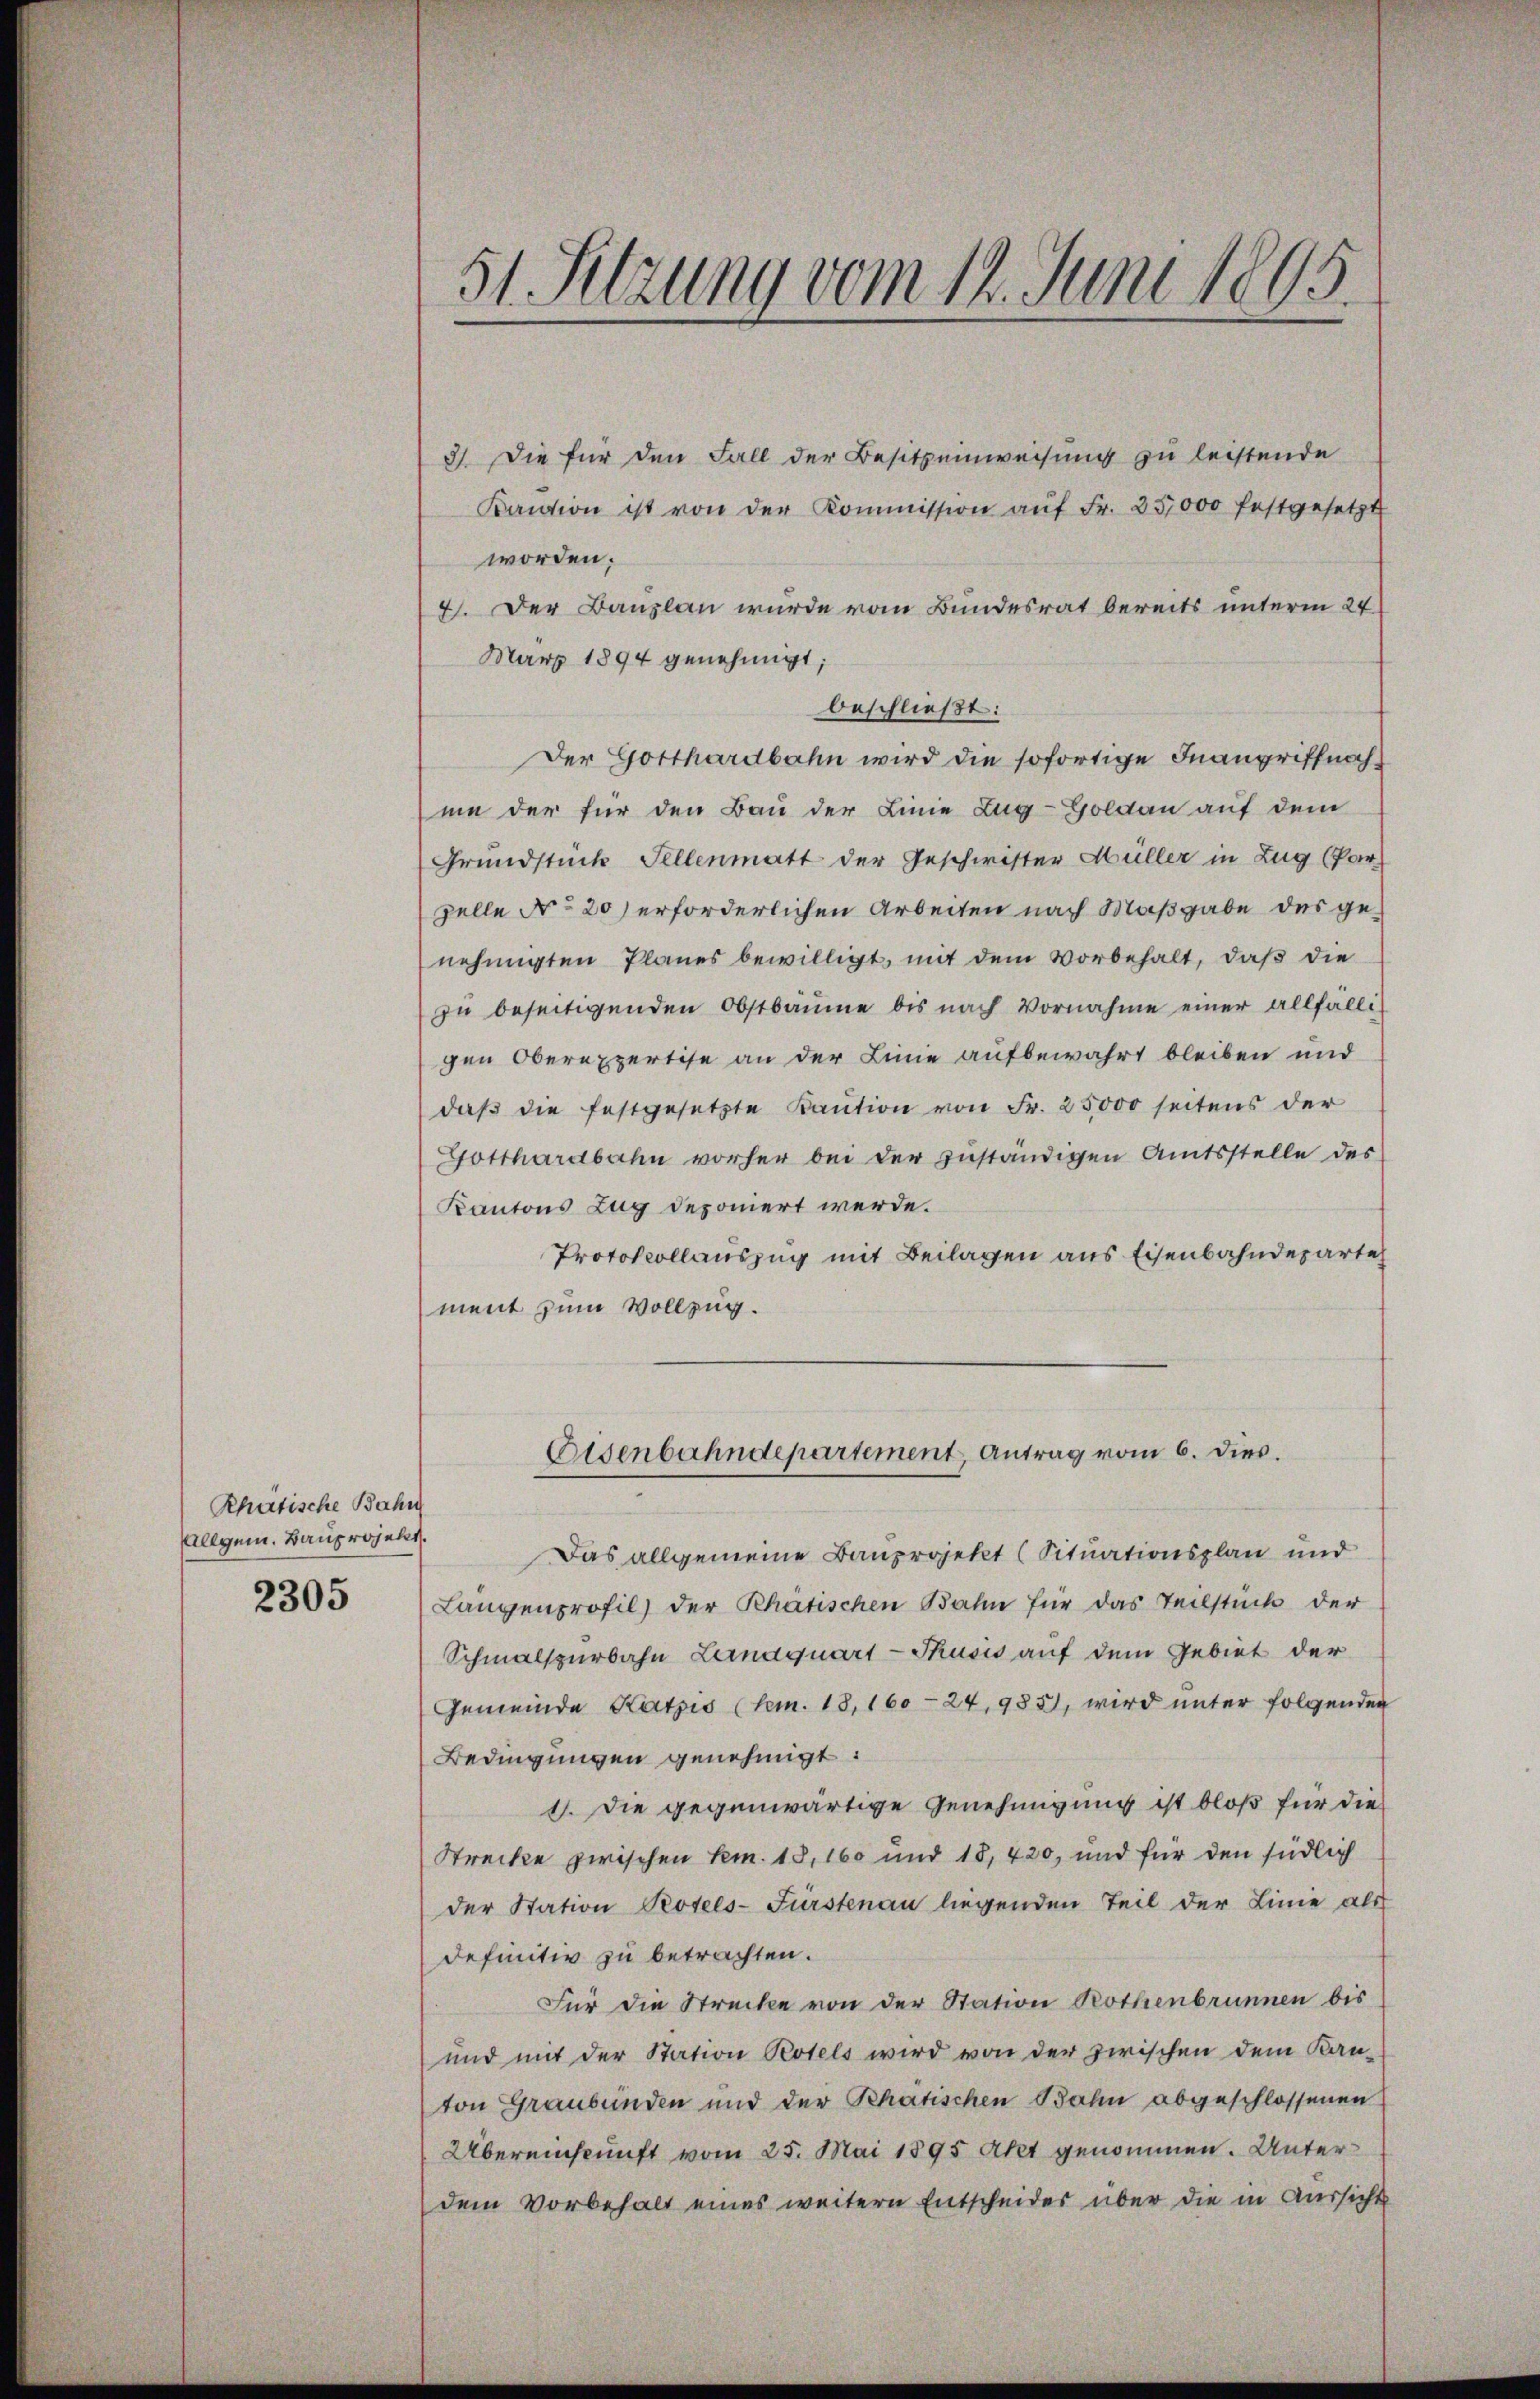
Rhatische Bahn
Allgem. Bauprojekt.

2305

51 Sitzung vom 14. Juni 1895.

3). Die für den Fall der Besitzeinweisung zu leistende
Kaŭtion ist von der Kommission aŭf Fr. 25,000 festgesetzt
worden;
4). Der Bauplan wurde vom Bundesrat bereits unterm 24
März 1894 genehmigt;
beschließt:
Der Gotthardbahn wird die sofortige Inangriffnahmie der für den Bau der Linie Zug-Goldau auf dem
Grundstück Tellenmatt der Geschwister Müller in Zug (Par
zelle Nro 20) erforderlichen Arbeiten nach Maßgabe des genehmigten Planes bewilligt, mit dem Vorbehalt, daß die
zŭ beseitigenden Obstbäume bis nach Vornahme einer allfälli-
gen Oberexpertise an der Linie aufbewahrt bleiben und
daβ die festgesetzte Kaŭtion von Fr. 25000 seitens der
Gotthardbahn vorher bei der zuständigen Amtsstelle des
Kantons Zug deponiert werde.
Protokollauszug mit Beilagen aus Eisenbahndeparte
ment zum Vollzug.
Eisenbahndepartement Antrag vom 6. dies.
Das allgemeine Bauprojekt (Situationsplan und
Langenprofil der Rhätischen Bahn für das Teilstück der
Schmalspurbahn Landquart - Thusis auf dem Gebiet der
Gemeinde Katzes (lem. 18, 160 - 24, 985, wird ŭnter folgenden
Bedingungen genehmigt:
1. Die gegenwärtige Genehmigung ist bloß für die
Streckte zwischen Kem. 18, 160 und 18, 420, und für den südlich
der Station Potels-Fürstenau liegenden Teil der Linie als
definitiv zu betrachten.
Für die Strecke von der Station Rothenbrunnen bis
und mit der Station Potels wird von der zwischen dem Kan-
ton Graubünden und der Schatischen Bahn abgeschlossenen
Übereinskunft vom 25. Mai 1895 Akt genommen. Unterdem Vorbehalt eines weitern Entscheider über die in Aussicht